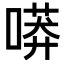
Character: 𠻵